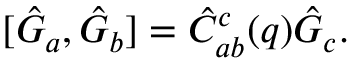
[ \hat { G } _ { a } , \hat { G } _ { b } ] = \hat { C } _ { a b } ^ { c } ( q ) \hat { G } _ { c } .